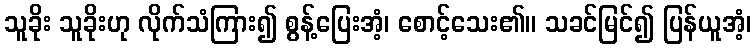
သူခိုး သူခိုးဟု လိုက်သံကြား၍ စွန့်ပြေးအံ့၊ စောင့်သေး၏။ သခင်မြင်၍ ပြန်ယူအံ့၊